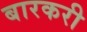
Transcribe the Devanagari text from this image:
बारकरी